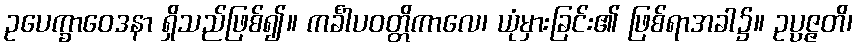
ဥပေက္ခာဝေဒနာ ရှိသည်ဖြစ်၍။ ကင်္ခါပဝတ္တိကာလေ၊ ယုံမှားခြင်း၏ ဖြစ်ရာအခါ၌။ ဥပ္ပဇ္ဇတိ၊